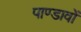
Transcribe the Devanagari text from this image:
पाण्डावों